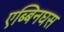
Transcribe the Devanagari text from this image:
एब्बिनघस